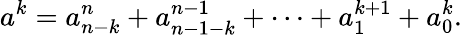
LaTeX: a^{k}=a_{n-k}^{n}+a_{n-1-k}^{n-1}+\dots+a_{1}^{k+1}+a_{0}^{k}.